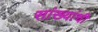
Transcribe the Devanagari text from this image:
सांख्यांची